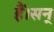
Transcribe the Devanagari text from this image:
हैं।सन्